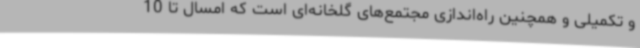
و تکمیلی و همچنین راه‌اندازی مجتمع‌های گلخانه‌ای است که امسال تا 10